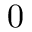
0